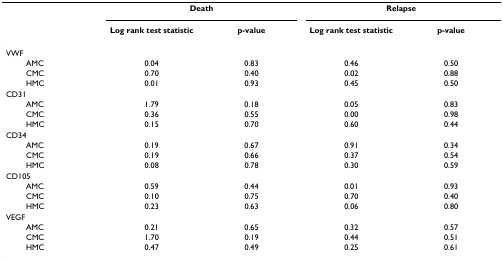
|  | <COLSPAN=2> Death | <COLSPAN=2> Relapse |
 |  | Log rank test statistic | p-value | Log rank test statistic | p-value |
 | --- | --- | --- | --- | --- |
 | VWF |  |  |  |  |
 | AMC | 0.04 | 0.83 | 0.46 | 0.50 |
 | CMC | 0.70 | 0.40 | 0.02 | 0.88 |
 | HMC | 0.01 | 0.93 | 0.45 | 0.50 |
 | CD31 |  |  |  |  |
 | AMC | 1.79 | 0.18 | 0.05 | 0.83 |
 | CMC | 0.36 | 0.55 | 0.00 | 0.98 |
 | HMC | 0.15 | 0.70 | 0.60 | 0.44 |
 | CD34 |  |  |  |  |
 | AMC | 0.19 | 0.67 | 0.91 | 0.34 |
 | CMC | 0.19 | 0.66 | 0.37 | 0.54 |
 | HMC | 0.08 | 0.78 | 0.30 | 0.59 |
 | CD105 |  |  |  |  |
 | AMC | 0.59 | 0.44 | 0.01 | 0.93 |
 | CMC | 0.10 | 0.75 | 0.70 | 0.40 |
 | HMC | 0.23 | 0.63 | 0.06 | 0.80 |
 | VEGF |  |  |  |  |
 | AMC | 0.21 | 0.65 | 0.32 | 0.57 |
 | CMC | 1.70 | 0.19 | 0.44 | 0.51 |
 | HMC | 0.47 | 0.49 | 0.25 | 0.61 |